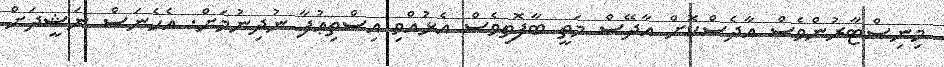
މިނިސްޓާރުންވެސް އާދެސްކޮށް އާދޭސް މަތީ ބާފޮތިވެސް އެޅުއްވި އިސްތިޢުފާ ނުދިނުމަށް. އެހެނަސް ނަޝީދަށް